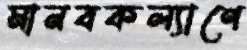
মানবকল্যাণে